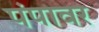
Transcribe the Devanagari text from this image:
पंपावर